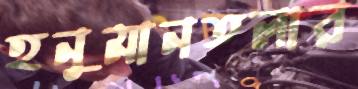
হনুমানতলার